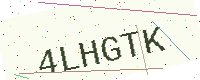
Text: 4LHGTK